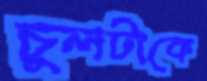
চুলটাকে